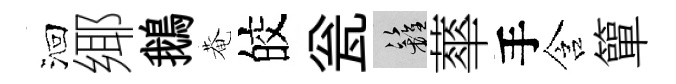
洄鄊鵝菴皎瓮籬蕐手含簞